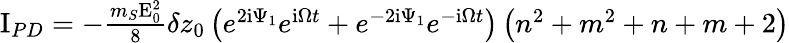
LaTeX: \begin{array}{r}{\mathrm{I}_{PD}=-\frac{m_{S}\mathrm{E}_{0}^{2}}{8}\delta z_{0}\left(e^{2\mathrm{i}\Psi_{1}}e^{\mathrm{i}\Omega t}+e^{-2\mathrm{i}\Psi_{1}}e^{-\mathrm{i}\Omega t}\right)\left(n^{2}+m^{2}+n+m+2\right)}\end{array}